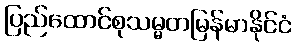
ပြည်ထောင်စုသမ္မတမြန်မာနိုင်ငံ